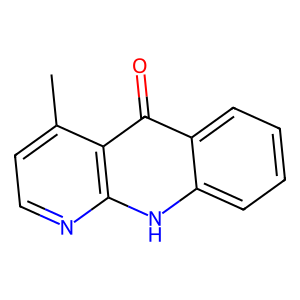
SMILES: Cc1ccnc2[nH]c3ccccc3c(=O)c12
Inhibits HIV replication: No